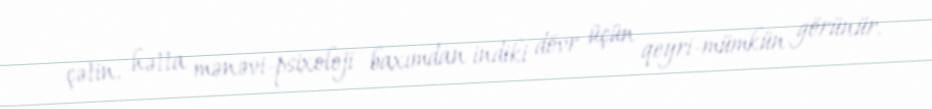
çətin, hətta mənəvi-psixoloji baxımdan indiki dövr üçün qeyri-mümkün görünür.